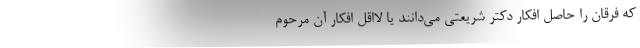
که فرقان را حاصل افکار دکتر شریعتی می‌دانند یا لااقل افکار آن مرحوم